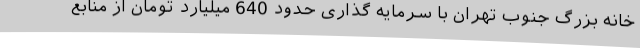
خانه بزرگ جنوب تهران با سرمایه گذاری حدود 640 میلیارد تومان از منابع